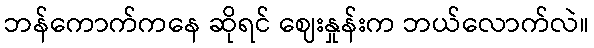
ဘန်ကောက်ကနေ ဆိုရင် ဈေးနှုန်းက ဘယ်လောက်လဲ။